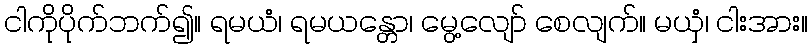
ငါကိုပိုက်ဘက်၍။ ရမယံ၊ ရမယန္တော၊ မွေ့လျော် စေလျက်။ မယှံ၊ ငါးအား။